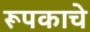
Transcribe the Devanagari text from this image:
रूपकाचे